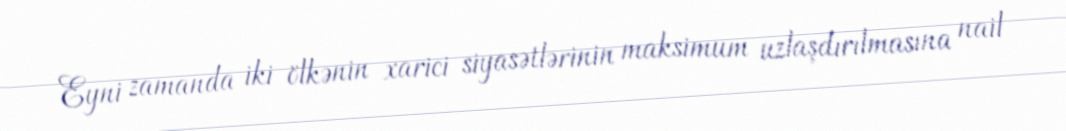
Eyni zamanda iki ölkənin xarici siyasətlərinin maksimum uzlaşdırılmasına nail